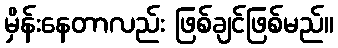
မှိန်းနေတာလည်း ဖြစ်ချင်ဖြစ်မည်။